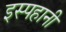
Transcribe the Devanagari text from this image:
इस्पहानी